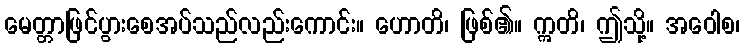
မေတ္တာဖြင်ပွားစေအပ်သည်လည်းကောင်း။ ဟောတိ၊ ဖြစ်၏။ ဣတိ၊ ဤသို့။ အဝေါစ၊